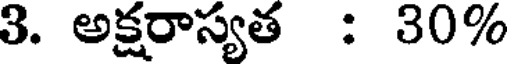
3. అక్షరాస్యత : 30%